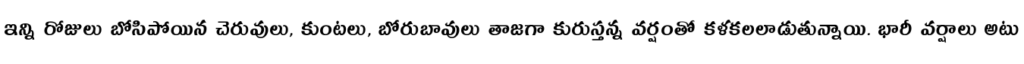
ఇన్ని రోజులు బోసిపోయిన చెరువులు, కుంటలు, బోరుబావులు తాజగా కురుస్తన్న వర్షంతో కళకలలాడుతున్నాయి. భారీ వర్షాలు అటు